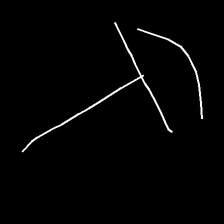
Glyph: dispersion